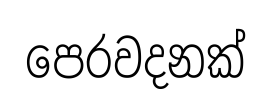
පෙරවදනක්